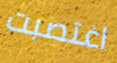
اغتصبت